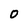
Character: 0